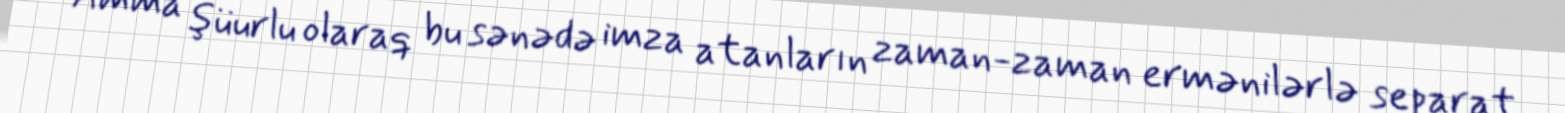
Amma şüurlu olaraq bu sənədə imza atanların zaman-zaman ermənilərlə separat